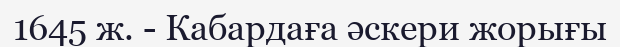
1645 ж. - Кабардаға әскери жорығы